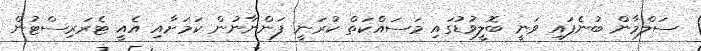
ސަލްމާން ބުނެފައި ވަނީ ބޮލީވުޑުގައި މަސައްކަތް ކުރަނީ ފަންނާނުން ކަމަށާއި އެއީ ޓެރަރިސްޓުން